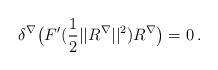
LaTeX: \begin{align*}\delta ^\nabla \big(F^{\prime }(\frac 12||R ^\nabla||^2)R^\nabla \big) = 0\, .\end{align*}